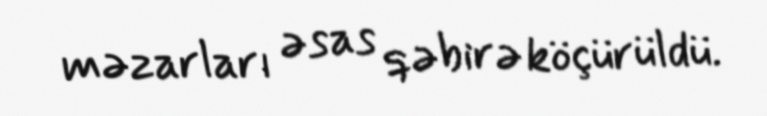
məzarları əsas qəbirə köçürüldü.